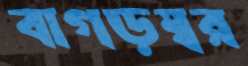
বাগড়ম্বর